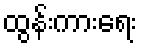
ထွန်းကားရေး